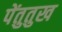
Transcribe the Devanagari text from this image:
पेंतुतुख